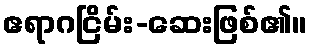
ဧရာဂငြိမ်း-ဆေးဖြစ်၏။